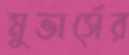
মুভার্সের